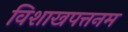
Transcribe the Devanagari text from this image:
विशाखपत्तनम